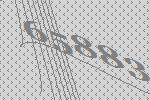
65883